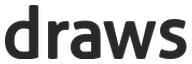
draws